Annual report of the Punjab Veterinary College and of the Civil Veterinary Department, Punjab - 1920-1925
Year: 1920
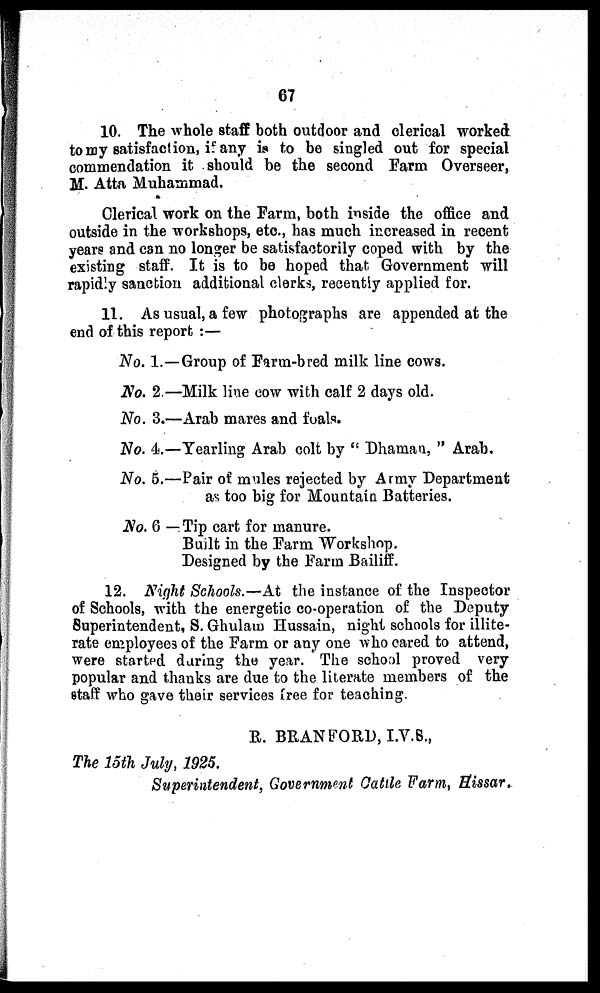
67
10. The whole staff both outdoor and clerical worked
to my satisfaction, if any is to be singled out for special
commendation it should be the second Farm Overseer,
M. Atta Muhammad.
Clerical work on the Farm, both inside the office and
outside in the workshops, etc., has much increased in recent
years and can no longer be satisfactorily coped with by the
existing staff. It is to be hoped that Government will
rapidly sanction additional clerks, recently applied for.
11. As usual, a few photographs are appended at the
end of this report :—
No. 1.
No. 2.
No. 3.
No. 4.
No. 5.
No. 6
— Group of Farm-bred milk line cows.
—Milk line cow with calf 2 days old.
—Arab mares and foals.
—Yearling Arab colt by "Dhaman," Arab.
—Pair of mules rejected by Army Department
as too big for Mountain Batteries.
— Tip cart for manure.
Built in the Farm Workshop.
Designed by the Farm Bailiff.
12. Night Schools.—At the instance of the Inspector
of Schools, with the energetic co-operation of the Deputy
Superintendent, S. Ghulam Hussain, night schools for illite-
rate employees of the Farm or any one who cared to attend,
were started during the year. The school proved very
popular and thanks are due to the literate members of the
staff who gave their services free for teaching.
R. BRANFORD, I.V.S.,
The 15th July, 1925.
Superintendent, Government Cattle Farm, Hissar.